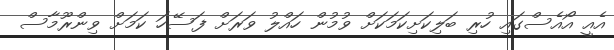
އެއީ އޯއެސްގައި ހުރި ބަލިކަށިކަމަކަށް ވުމުން ހައްލު ވަރަށް ފަސޭހަ ކަމަށް ވިންރޫމާސް